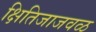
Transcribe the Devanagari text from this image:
क्षितिजाजवळ